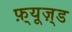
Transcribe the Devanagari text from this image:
फ़्यूज़्ड